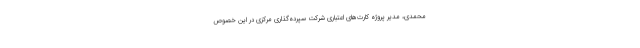
محمدی، مدیر پروژه کارت‌های اعتباری شرکت سپرده‌گذاری مرکزی در این خصوص